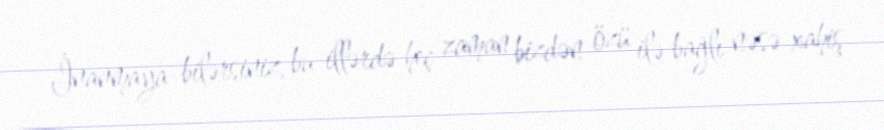
İnanmaya bilərsiniz, bu illərdə heç zaman bizdən özü ilə bağlı nəsə xahiş